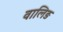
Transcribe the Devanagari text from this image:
वालिङ